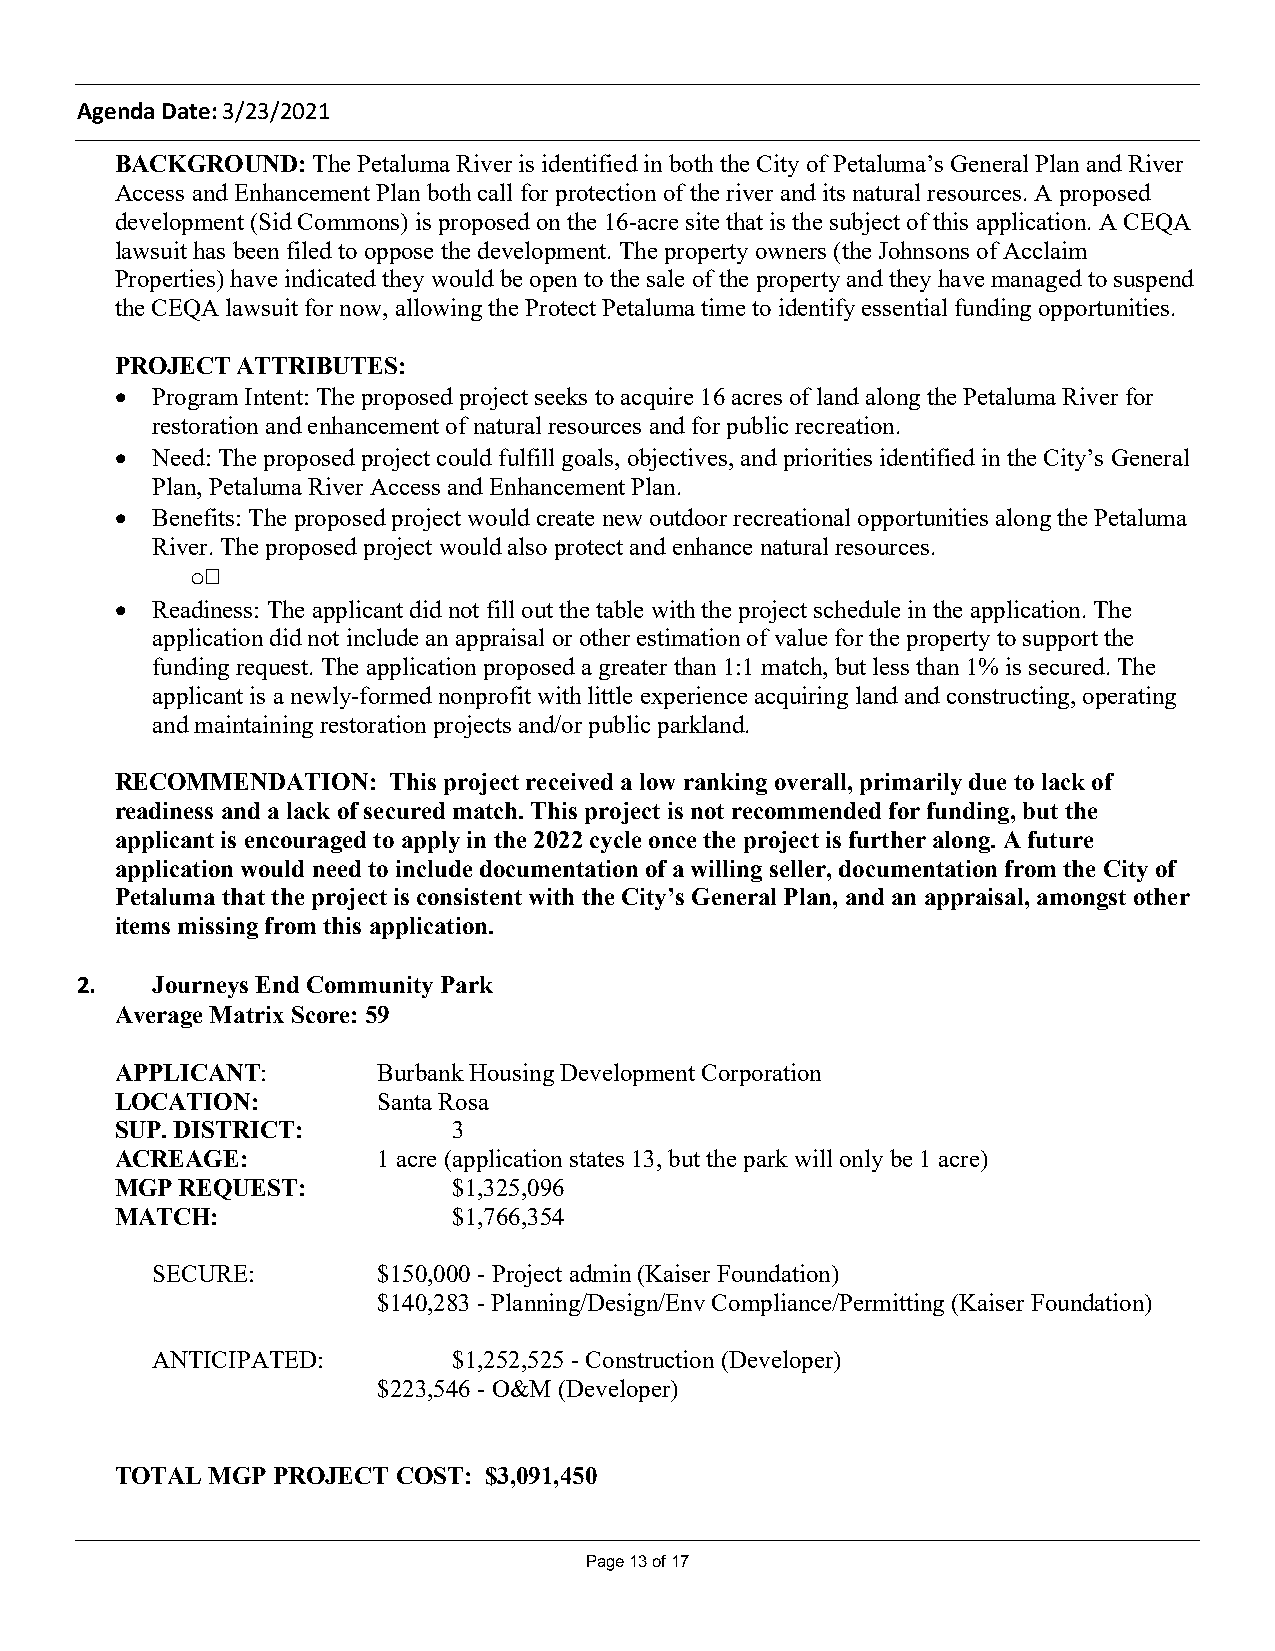
Agenda Date: 3/23/2021
 BACKGROUND:  The Petaluma River is identified in both the City of Petaluma’s General Plan and River
 Access and Enhancement Plan both call for protection of the river and its natural resources. A proposed
 development (Sid Commons) is proposed on the 16-acre site that is the subject of this application. A CEQA
 lawsuit has been filed to oppose the development. The property owners (the Johnsons of Acclaim
 Properties) have indicated they would be open to the sale of the property and they have managed to suspend
 the CEQA lawsuit for now, allowing the Protect Petaluma time to identify essential funding opportunities.
 PROJECT ATTRIBUTES:
 · Program Intent: The proposed project seeks to acquire 16 acres of land along the Petaluma River for
 restoration and enhancement of natural resources and for public recreation.
 · Need: The proposed project could fulfill goals, objectives, and priorities identified in the City’s General
 Plan, Petaluma River Access and Enhancement Plan.
 · Benefits: The proposed project would create new outdoor recreational opportunities along the Petaluma
 River. The proposed project would also protect and enhance natural resources.
 o
 · Readiness: The applicant did not fill out the table with the project schedule in the application. The
 application did not include an appraisal or other estimation of value for the property to support the
 funding request. The application proposed a greater than 1:1 match, but less than 1% is secured. The
 applicant is a newly-formed nonprofit with little experience acquiring land and constructing, operating
 and maintaining restoration projects and/or public parkland.
 RECOMMENDATION:   This project received a low ranking overall, primarily due to lack of
 readiness and a lack of secured match. This project is not recommended for funding, but the
 applicant is encouraged to apply in the 2022 cycle once the project is further along. A future
 application would need to include documentation of a willing seller, documentation from the City of
 Petaluma that the project is consistent with the City’s General Plan, and an appraisal, amongst other
 items missing from this application.
 2.   Journeys End Community Park
 Average Matrix Score: 59
 APPLICANT:       Burbank Housing Development Corporation
 LOCATION:        Santa Rosa
 SUP. DISTRICT:        3
 ACREAGE:         1 acre (application states 13, but the park will only be 1 acre)
 MGP REQUEST:          $1,325,096
 MATCH:                $1,766,354
 SECURE:        $150,000 - Project admin (Kaiser Foundation)
 $140,283 - Planning/Design/Env Compliance/Permitting (Kaiser Foundation)
 ANTICIPATED:        $1,252,525 - Construction (Developer)
 $223,546 - O&M (Developer)
 TOTAL MGP PROJECT COST: $3,091,450
 Page 13 of 17